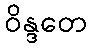
ဝိန္ဒတေ